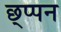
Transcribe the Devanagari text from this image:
छ्प्पन